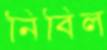
নিবিল